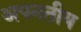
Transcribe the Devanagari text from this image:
अपनतीय